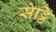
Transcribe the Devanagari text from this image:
सेट्ठि